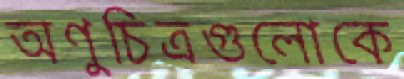
অণুচিত্রগুলোকে